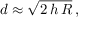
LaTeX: d \approx { \sqrt { 2 \, h \, R } } \, ,